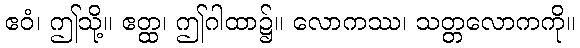
ဧဝံ၊ ဤသို့။ ဧတ္ထ၊ ဤဂါထာ၌။ လောကဿ၊ သတ္တလောကကို။